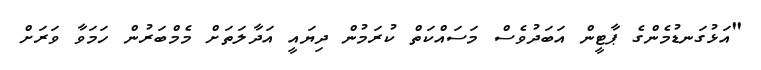
"އަޅުގަނޑުމެންގެ ޕާޓީން އަބަދުވެސް މަސައްކަތް ކުރަމުން ދިޔައީ އަދާލަތަށް މެމްބަރުން ހަމަވާ ވަރަށް